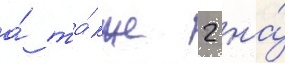
а́ та́кже 2 на́